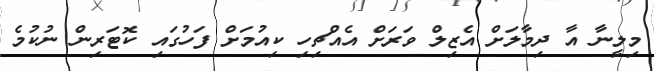
މިލީނާ އާ ދިމާލަށް އެޒިލް ވަރަށް އެއްޗިހި ކިއުމަށް ފަހުގައި ކޮޓަރިން ނުކުމެ